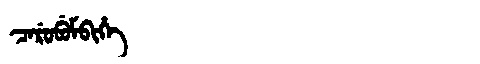
Manchu: ᠴᠠᡵᡠᠪᡠᠮᠪᡳᡥᡝ
Romanization: CARUBUMBIHE